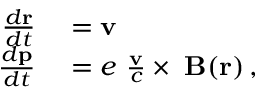
\begin{array} { r l } { \frac { d { \bf r } } { d t } } & { { } = { \bf v } } \\ { \frac { d { \bf p } } { d t } } & { { } = e \ \frac { { \bf v } } { c } \times { \bf \delta B } ( { \bf r } ) \, , } \end{array}